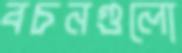
বচনগুলো